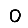
Digit: 0